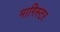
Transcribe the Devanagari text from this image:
मागिस्टर